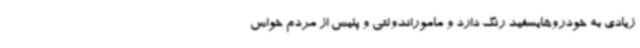
زیادی به خودروهایسفید رنگ دارد و ماموراندولتی و پلیس از مردم خواس